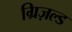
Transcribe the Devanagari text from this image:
ग्रिज़ल्ड